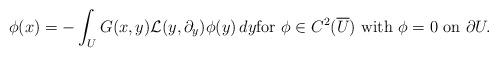
LaTeX: \begin{align*}\phi(x)=-\int_U G(x,y){\mathcal L}(y,\partial_y)\phi(y)\,dy \hbox{for}\ \phi\in C^2(\overline{U}) \ \hbox{with}\ \phi=0\ \hbox{on} \ \partial U.\end{align*}